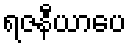
ရဇနီယာပေ